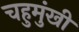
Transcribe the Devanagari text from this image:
चहुमुंखी